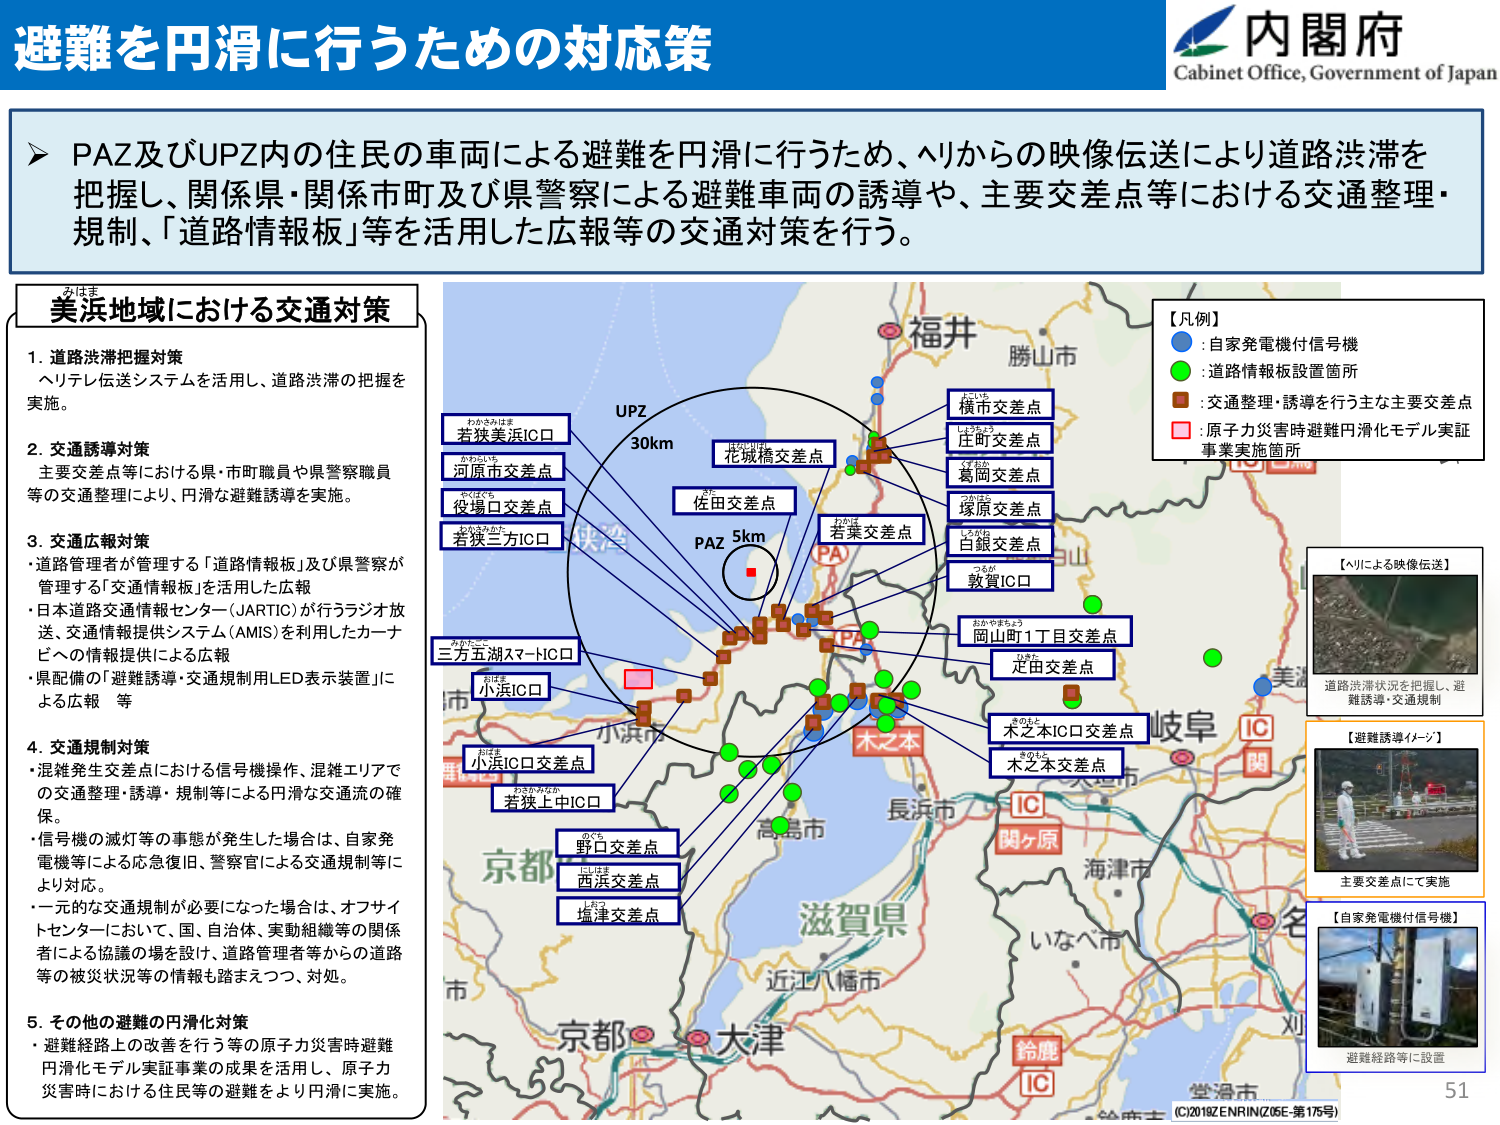
避難を円滑に行うための対応策

内閣府
Cabinet Office, Government of Japan

➤ PAZ及びUPZ内の住民の車両による避難を円滑に行うため、ヘリからの映像伝送により道路渋滞を把握し、関係県・関係市町及び県警察による避難車両の誘導や、主要交差点等における交通整理・規制、「道路情報板」等を活用した広報等の交通対策を行う。

美浜地域における交通対策

1. 道路渋滞把握対策
ヘリテレ伝送システムを活用し、道路渋滞の把握を実施。

2. 交通誘導対策
主要交差点等における県・市町職員や県警察職員等の交通整理により、円滑な避難誘導を実施。

3. 交通広報対策
・道路管理者が管理する「道路情報板」及び県警察が管理する「交通情報板」を活用した広報
・日本道路交通情報センタ－(JARTIC)が行うラジオ放送、交通情報提供システム(AMIS)を利用したカーナビへの情報提供による広報
・県配備の「避難誘導・交通規制LED表示装置」による広報 等

4. 交通規制対策
・混雑発生交差点における信号機操作、混雑エリアでの交通整理・誘導・規制等による円滑な交通流の確保。
・信号機の滅灯等の事態が発生した場合は、自家発電機等による応急復旧、警察官による交通規制等により対応。
・一元的な交通規制が必要になった場合は、オフサイトセンターにおいて、国、自治体、実動組織等の関係者による協議の場を設け、道路管理者等からの道路等の被災状況等の情報を踏まえつつ、対処。

5. その他の避難の円滑化対策
・避難経路上の改善を行う等の原子力災害時避難円滑化モデル実証事業の成果を活用し、原子力災害時における住民等の避難をより円滑に実施。

【凡例】
● : 自家発電機付信号機
● : 道路情報板設置箇所
● : 交通整理・誘導を行う主な主要交差点
● : 原子力災害時避難円滑化モデル実証事業実施箇所

UPZ
30km
PAZ
5km

わかつみはま
若狭美浜IC口
かわいしや
河原市交差点
やくばぐち
役場口交差点
わかさみちた
若狭三方IC口
あかたこ
三方五湖スマートIC口
おばま
小浜IC口
おばま
小浜IC口交差点
わかさかみなか
若狭上中IC口
のぐち
野口交差点
はたは
西浜交差点
はるき
塩津交差点
はなはし
花城橋交差点
さだ
佐田交差点
わかば
若葉交差点
つちや
横市交差点
しもちょう
庄町交差点
くずはら
葛岡交差点
つばさ
塚原交差点
しろがね
白銀交差点
つるが
敦賀IC口
おかやまちょう
岡山町1丁目交差点
はきた
定田交差点
きのとし
木之本IC口交差点
きのとし
木之本交差点

【ヘリによる映像伝送】
道路渋滞状況を把握し、避難誘導・交通規制

【避難誘導イメージ】
主要交差点にて実施

【自家発電機付信号機】
避難経路等に設置

福井
勝山市
美浜
岐阜
関
長浜市
関ヶ原
海津市
滋賀県
近江八幡市
いなべ市
鈴鹿
IC
堂渕市
京都
大津
市
京都市

(C)2018 ZENRIN (Z05E-第175号)
51